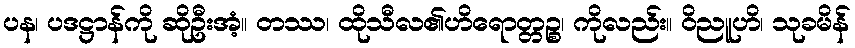
ပန၊ ပဒဋ္ဌာန်ကို ဆိုဦးအံ့။ တဿ၊ ထိုသီလ၏ဟိရောတ္တဉ္စ၊ ကိုလည်း။ ဝိညူဟိ၊ သုခမိန်